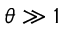
\theta \gg 1